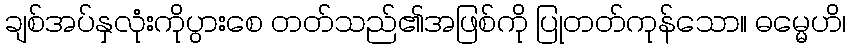
ချစ်အပ်နှလုံးကိုပွားစေ တတ်သည်၏အဖြစ်ကို ပြုတတ်ကုန်သော။ ဓမ္မေဟိ၊